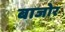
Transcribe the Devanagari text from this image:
बाजोर